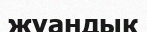
жуандык